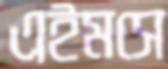
এইমসে